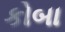
કોબા